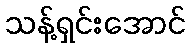
သန့်ရှင်းအောင်